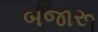
બજારૂ